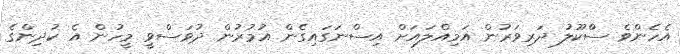
އެހެންވެ ސްކޫލު ދަރިވަރުން އަމިއްލައަށް އިސްނަގައިގެން އުމުރުން ދުވަސްވީ މީހުން އެ ކުދިންގެ